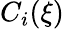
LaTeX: C_{i}(\xi)